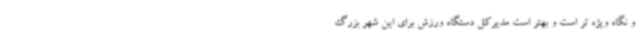
و نگاه ویژه تر است و بهتر است مدیرکل دستگاه ورزش برای این شهر بزرگ